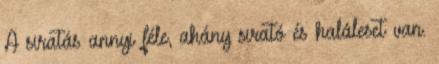
A siratás annyi féle, ahány sirató és haláleset van.